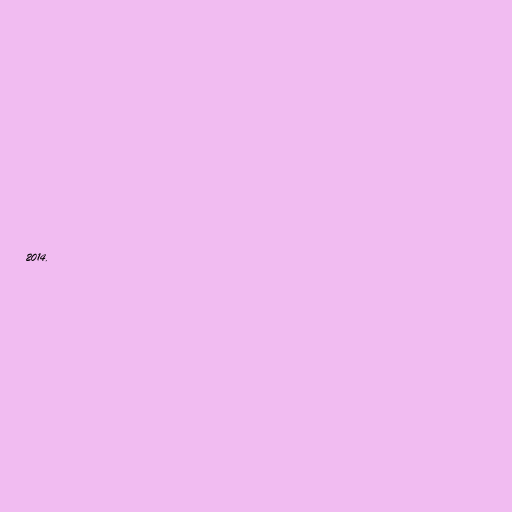
2014.